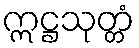
ဣဋ္ဌသုတ္တံ